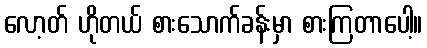
လော့တ် ဟိုတယ် စားသောက်ခန်းမှာ စားကြတာပေါ့။